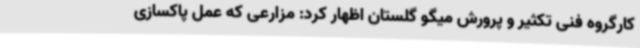
کارگروه فنی تکثیر و پرورش میگو گلستان اظهار کرد: مزارعی که عمل پاکسازی